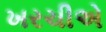
ખરચીએ